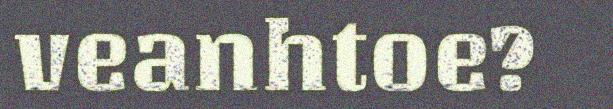
veanhtoe?